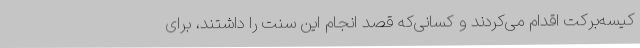
کیسه‌برکت اقدام می‌کردند و کسانی‌که قصد انجام این سنت را داشتند، برای